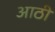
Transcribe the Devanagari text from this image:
आठी